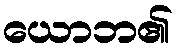
ယောဘ၏